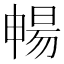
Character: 暢